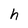
Character: h